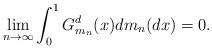
LaTeX: \begin{align*} \lim_{n \to \infty}\int_{0}^{1}G^d_{m_n}(x)dm_n(dx) = 0. \end{align*}